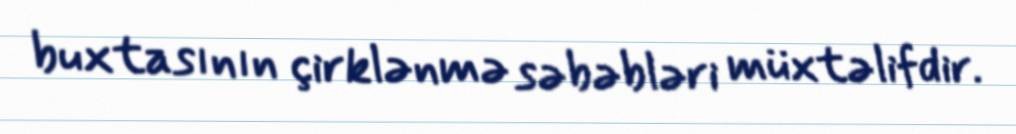
buxtasının çirklənmə səbəbləri müxtəlifdir.